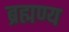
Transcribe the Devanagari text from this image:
ब्रह्मण्य